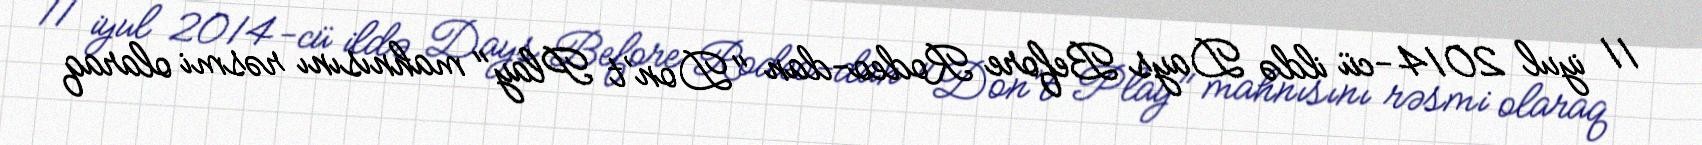
11 iyul 2014-cü ildə Days Before Rodeo-dan "Don’t Play" mahnısını rəsmi olaraq